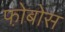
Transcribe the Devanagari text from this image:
फो़बोस